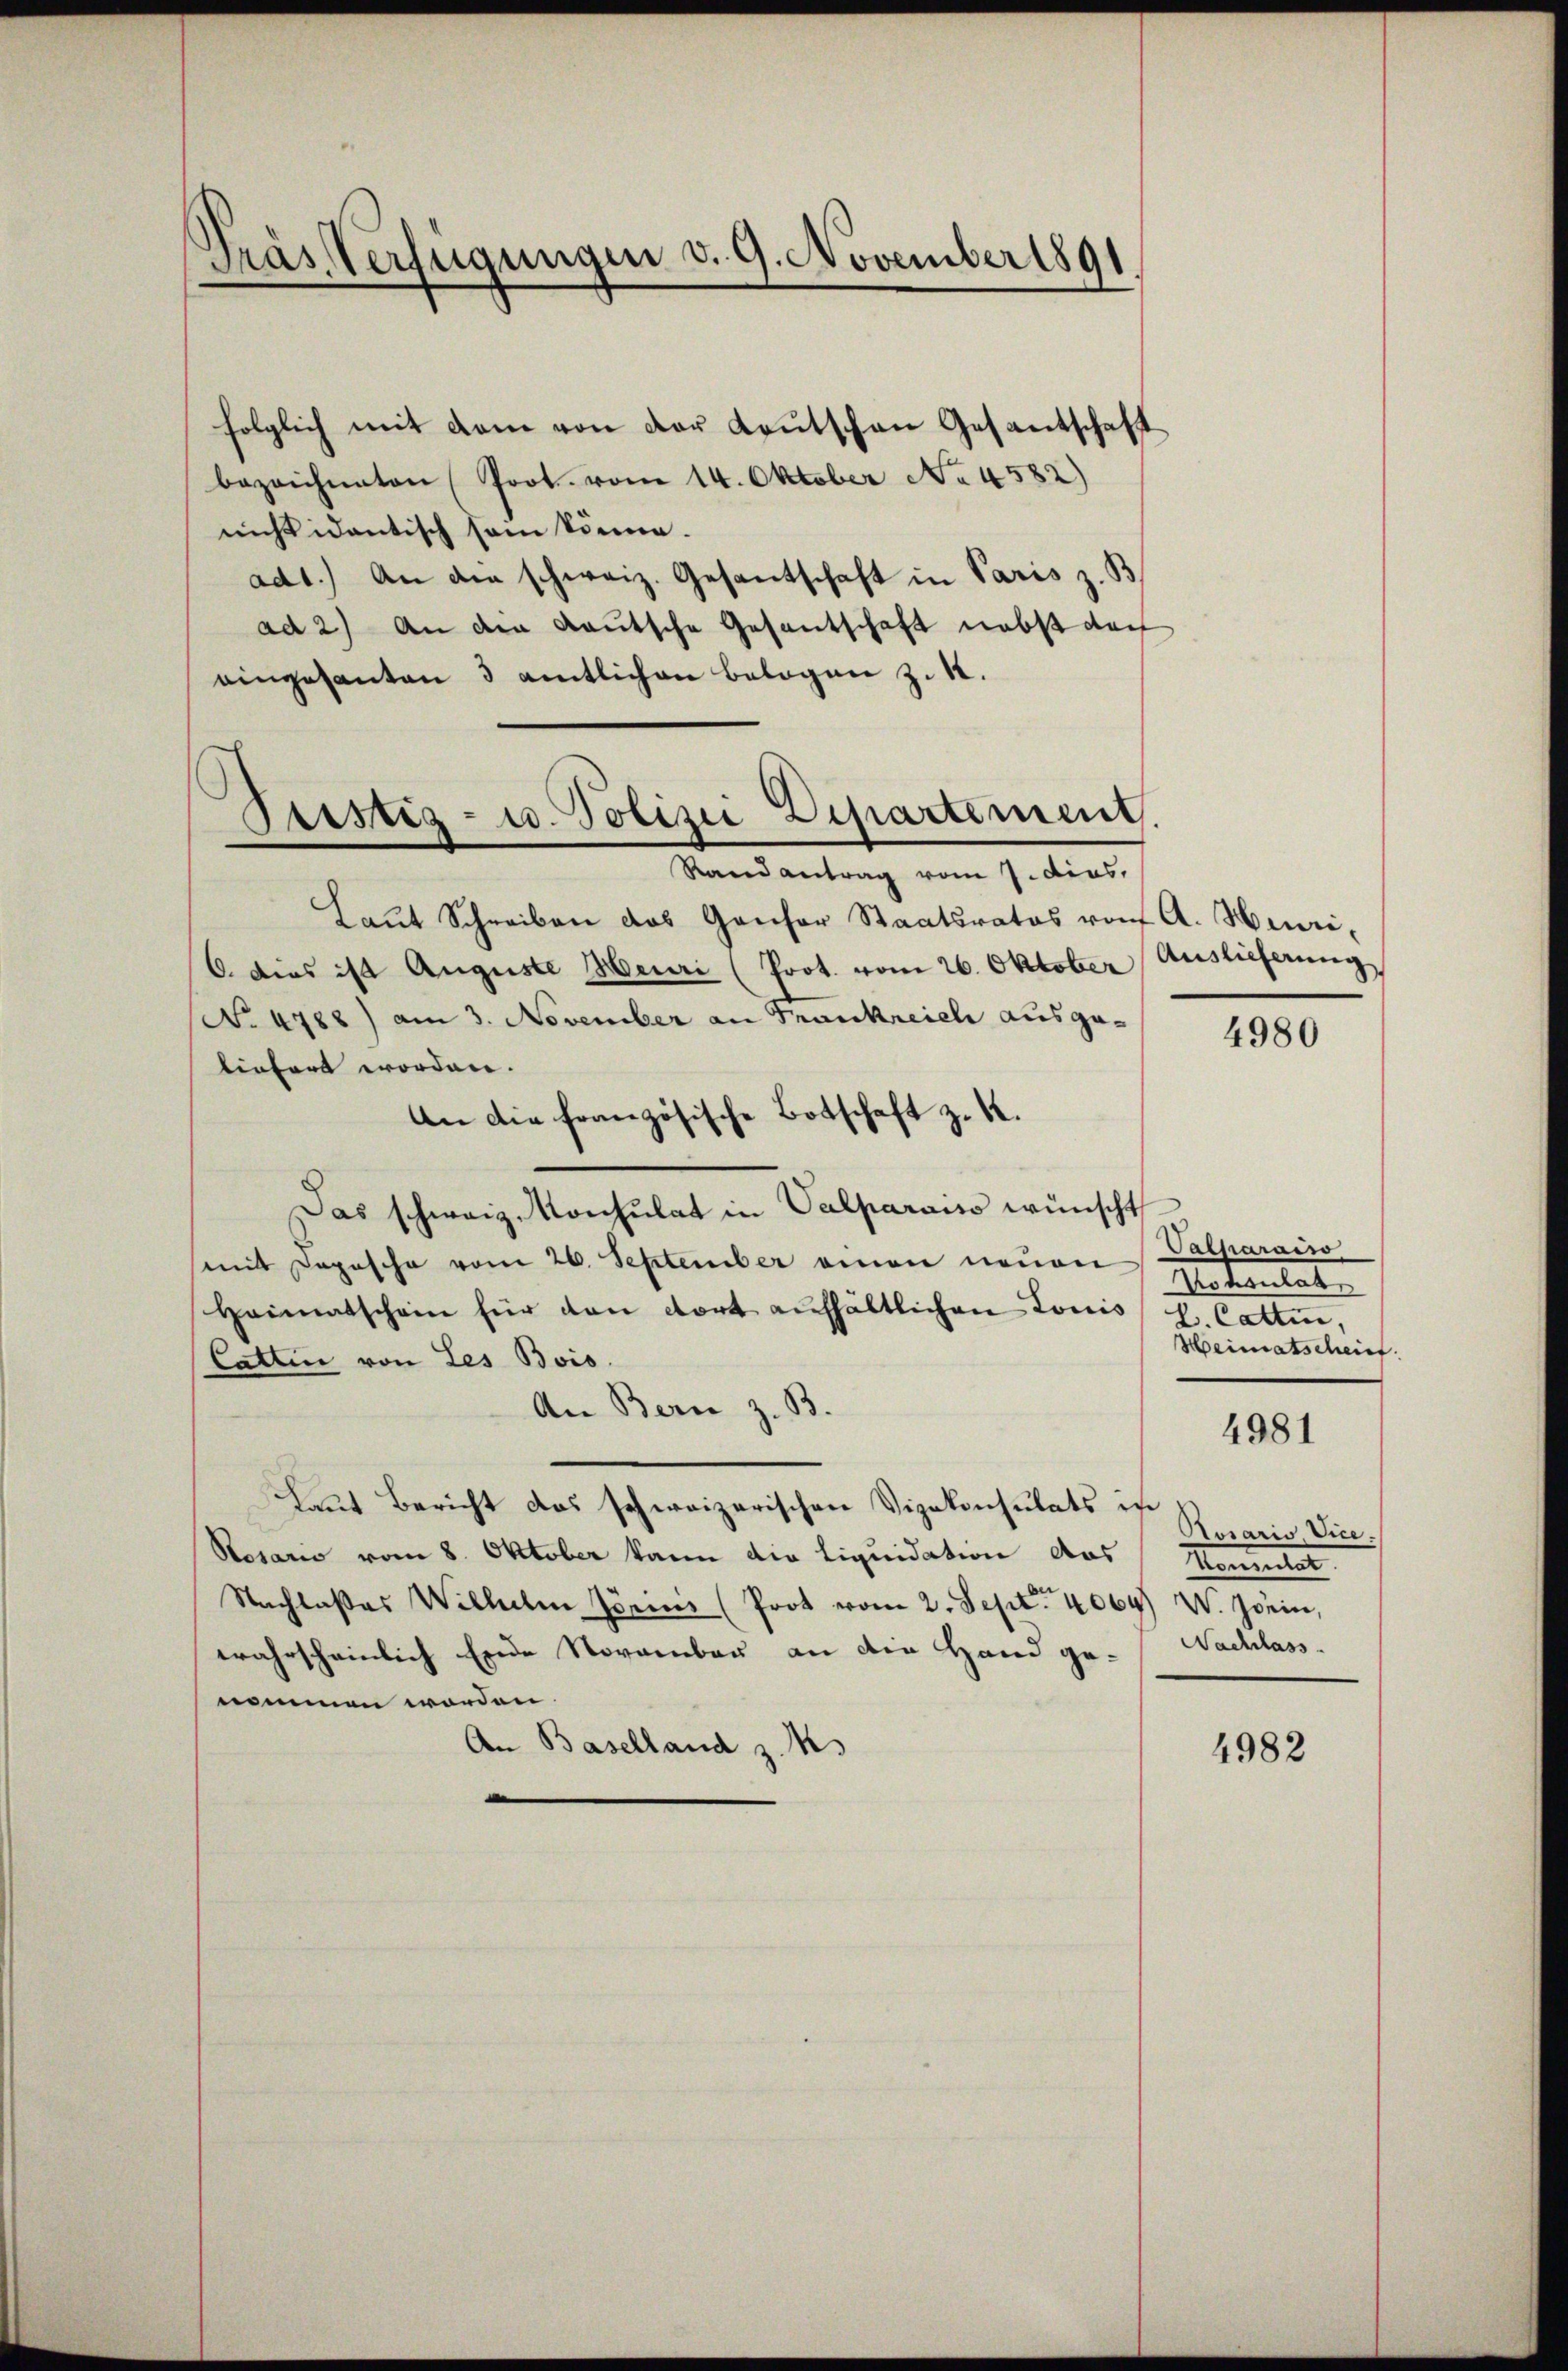
.
Gras Verfügungen v. 9. November 1891

Ptistig- u. Polizei Departement.
Randantrag vom 7. dies.

folglich mit dem von der Leutschen Gesantschaft
bezeichneten (Prot. vom 14. Oktober No 4582)
nicht identisch sein könne.
ad1.) An die schweiz. Gesantschaft in Paris z. B.
ad 2) An den Kautsche Gesantschaft nebst den
eingesanten 3 amtlichen belogen z. 12.
Laŭt Schreiben das Gansor Staatsrates von A. Henri,
6. Dies ist Auguste Meuri (Prot. vom 26. Oktober Auslieferung
No 4788) am 3. November an Frankreich ausgeliefert worden.
An die französische Botschaft z. B.
Das schweiz. Konsulat in Valparaiso wünscht
mit Daposche vom 26. September einen neuen
Heimatschein für den dort aufhältlichen Louis V. Catten,
Cattin von Les Bois.
An Bern z. B.
Laut Bericht das schweizerischen Vizekonsulats in
Rosario vom 8. Oktober kann die Liquidation das Stentat
Nachlaßes Wilhelm Jörius (Prot vom 2. Sept. 4064 W. sein,
wahrscheinlich Ende November an die Hand ge-Nachlass
nommen worden
An Baselland z. K.

4980

Vatharacso
Matantat
Heimatscheint.

4981

Posario, Vice¬

4982